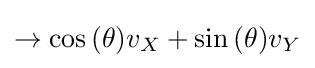
\to \cos {\left(\theta \right)}v_{X}+\sin {\left(\theta \right)}v_{Y}